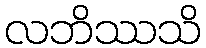
လဘိဿသိ